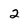
Character: 2